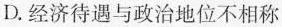
D.经济待遇与政治地位不相称